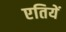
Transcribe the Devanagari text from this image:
एतियें